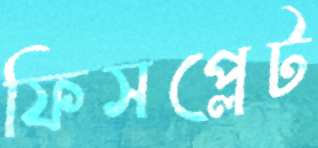
ফিসপ্লেট